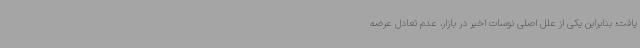
یافت؛ بنابراین یکی از علل اصلی نوسات اخیر در بازار، عدم تعادل عرضه